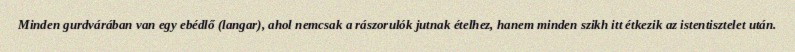
Minden gurdvárában van egy ebédlő (langar), ahol nemcsak a rászorulók jutnak ételhez, hanem minden szikh itt étkezik az istentisztelet után.